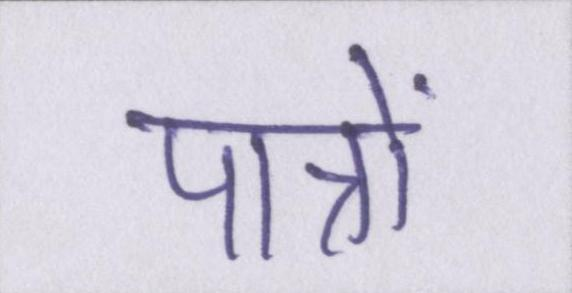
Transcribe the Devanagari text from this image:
पात्रों